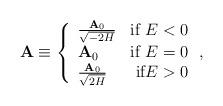
LaTeX: \begin{align*}{\bf A} \equiv \left\{ \begin{array}{lr}\frac{{\bf A}_{0}}{\sqrt{-2H}} & \mbox{if $E<0$} \\ {\bf A}_{0}& \mbox{if $E=0$} \\ \frac{{\bf A}_{0}}{\sqrt{2H}} & \mbox{if$E>0$} \end{array} \right. ,\end{align*}